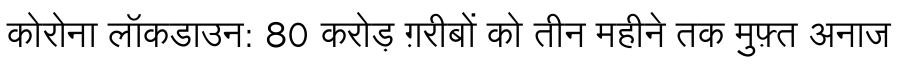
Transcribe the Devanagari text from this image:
कोरोना लॉकडाउन: 80 करोड़ ग़रीबों को तीन महीने तक मुफ़्त अनाज